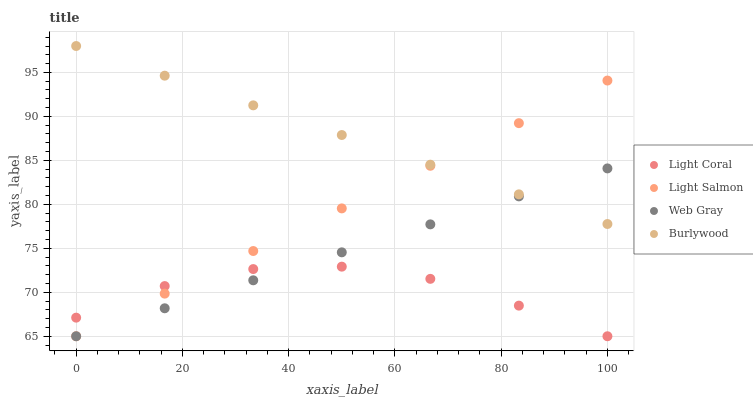
| xaxis_label | Light Coral | Light Salmon | Web Gray | Burlywood |
 | --- | --- | --- | --- | --- |
 | 0 | 67.1 | 65 | 65 | 98 |
 | 16.7 | 70.7 | 69.8 | 68.2 | 94.6 |
 | 33.3 | 72.6 | 74.7 | 71.4 | 91.3 |
 | 50 | 72.9 | 79.5 | 74.5 | 87.9 |
 | 66.7 | 71.5 | 84.4 | 77.7 | 84.5 |
 | 83.3 | 68.5 | 89.2 | 80.9 | 81.1 |
 | 100 | 65 | 94.1 | 84.1 | 77.8 |